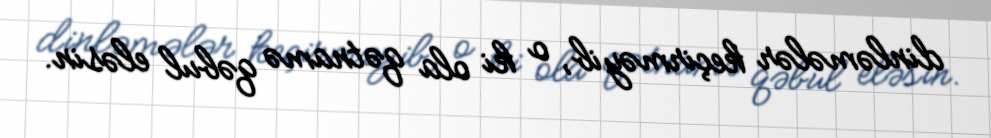
dinləmələr keçirməyib, o ki ola qətnamə qəbul eləsin.